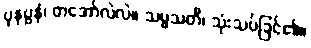
ပုနပ္ပနံ၊ တအော်လဲလဲ။ သမ္မသတီ၊ သုံးသပ်ခြင်၏။